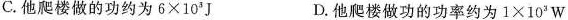
C.他爬楼做的功约为$$6 \times 10^{3}J$$ D.他爬楼做功的功率约为$$1 \times 10^{3}W$$